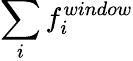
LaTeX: \sum_{i}{f_{i}^{window}}